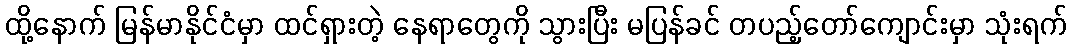
ထို့နောက် မြန်မာနိုင်ငံမှာ ထင်ရှားတဲ့ နေရာတွေကို သွားပြီး မပြန်ခင် တပည့်တော်ကျောင်းမှာ သုံးရက်